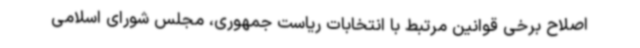
اصلاح برخی قوانین مرتبط با انتخابات ریاست جمهوری، مجلس شورای اسلامی